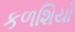
કળશિયો